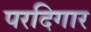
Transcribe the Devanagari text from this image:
परदिगार